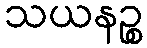
သယနဉ္စ